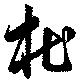
杜